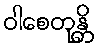
ဝါစေတုန္တိ